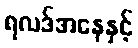
ရလဒ်အနေနှင့်